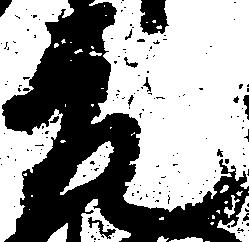
元